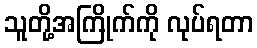
သူတို့အကြိုက်ကို လုပ်ရတာ